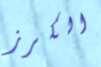
الكرز